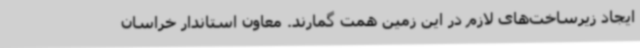
ایجاد زیرساخت‌های لازم در این زمین همت گمارند. معاون استاندار خراسان